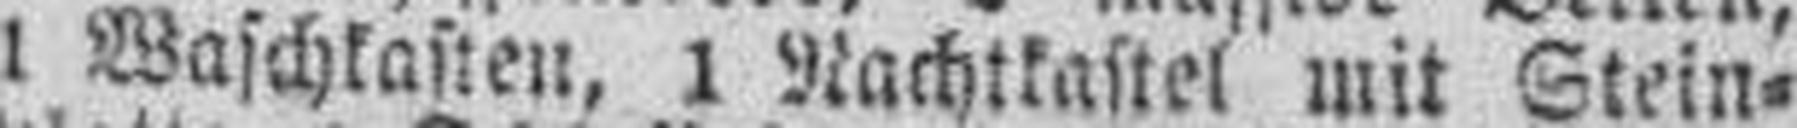
1 Waschkasten, 1 Nachtkastel mit Stein¬